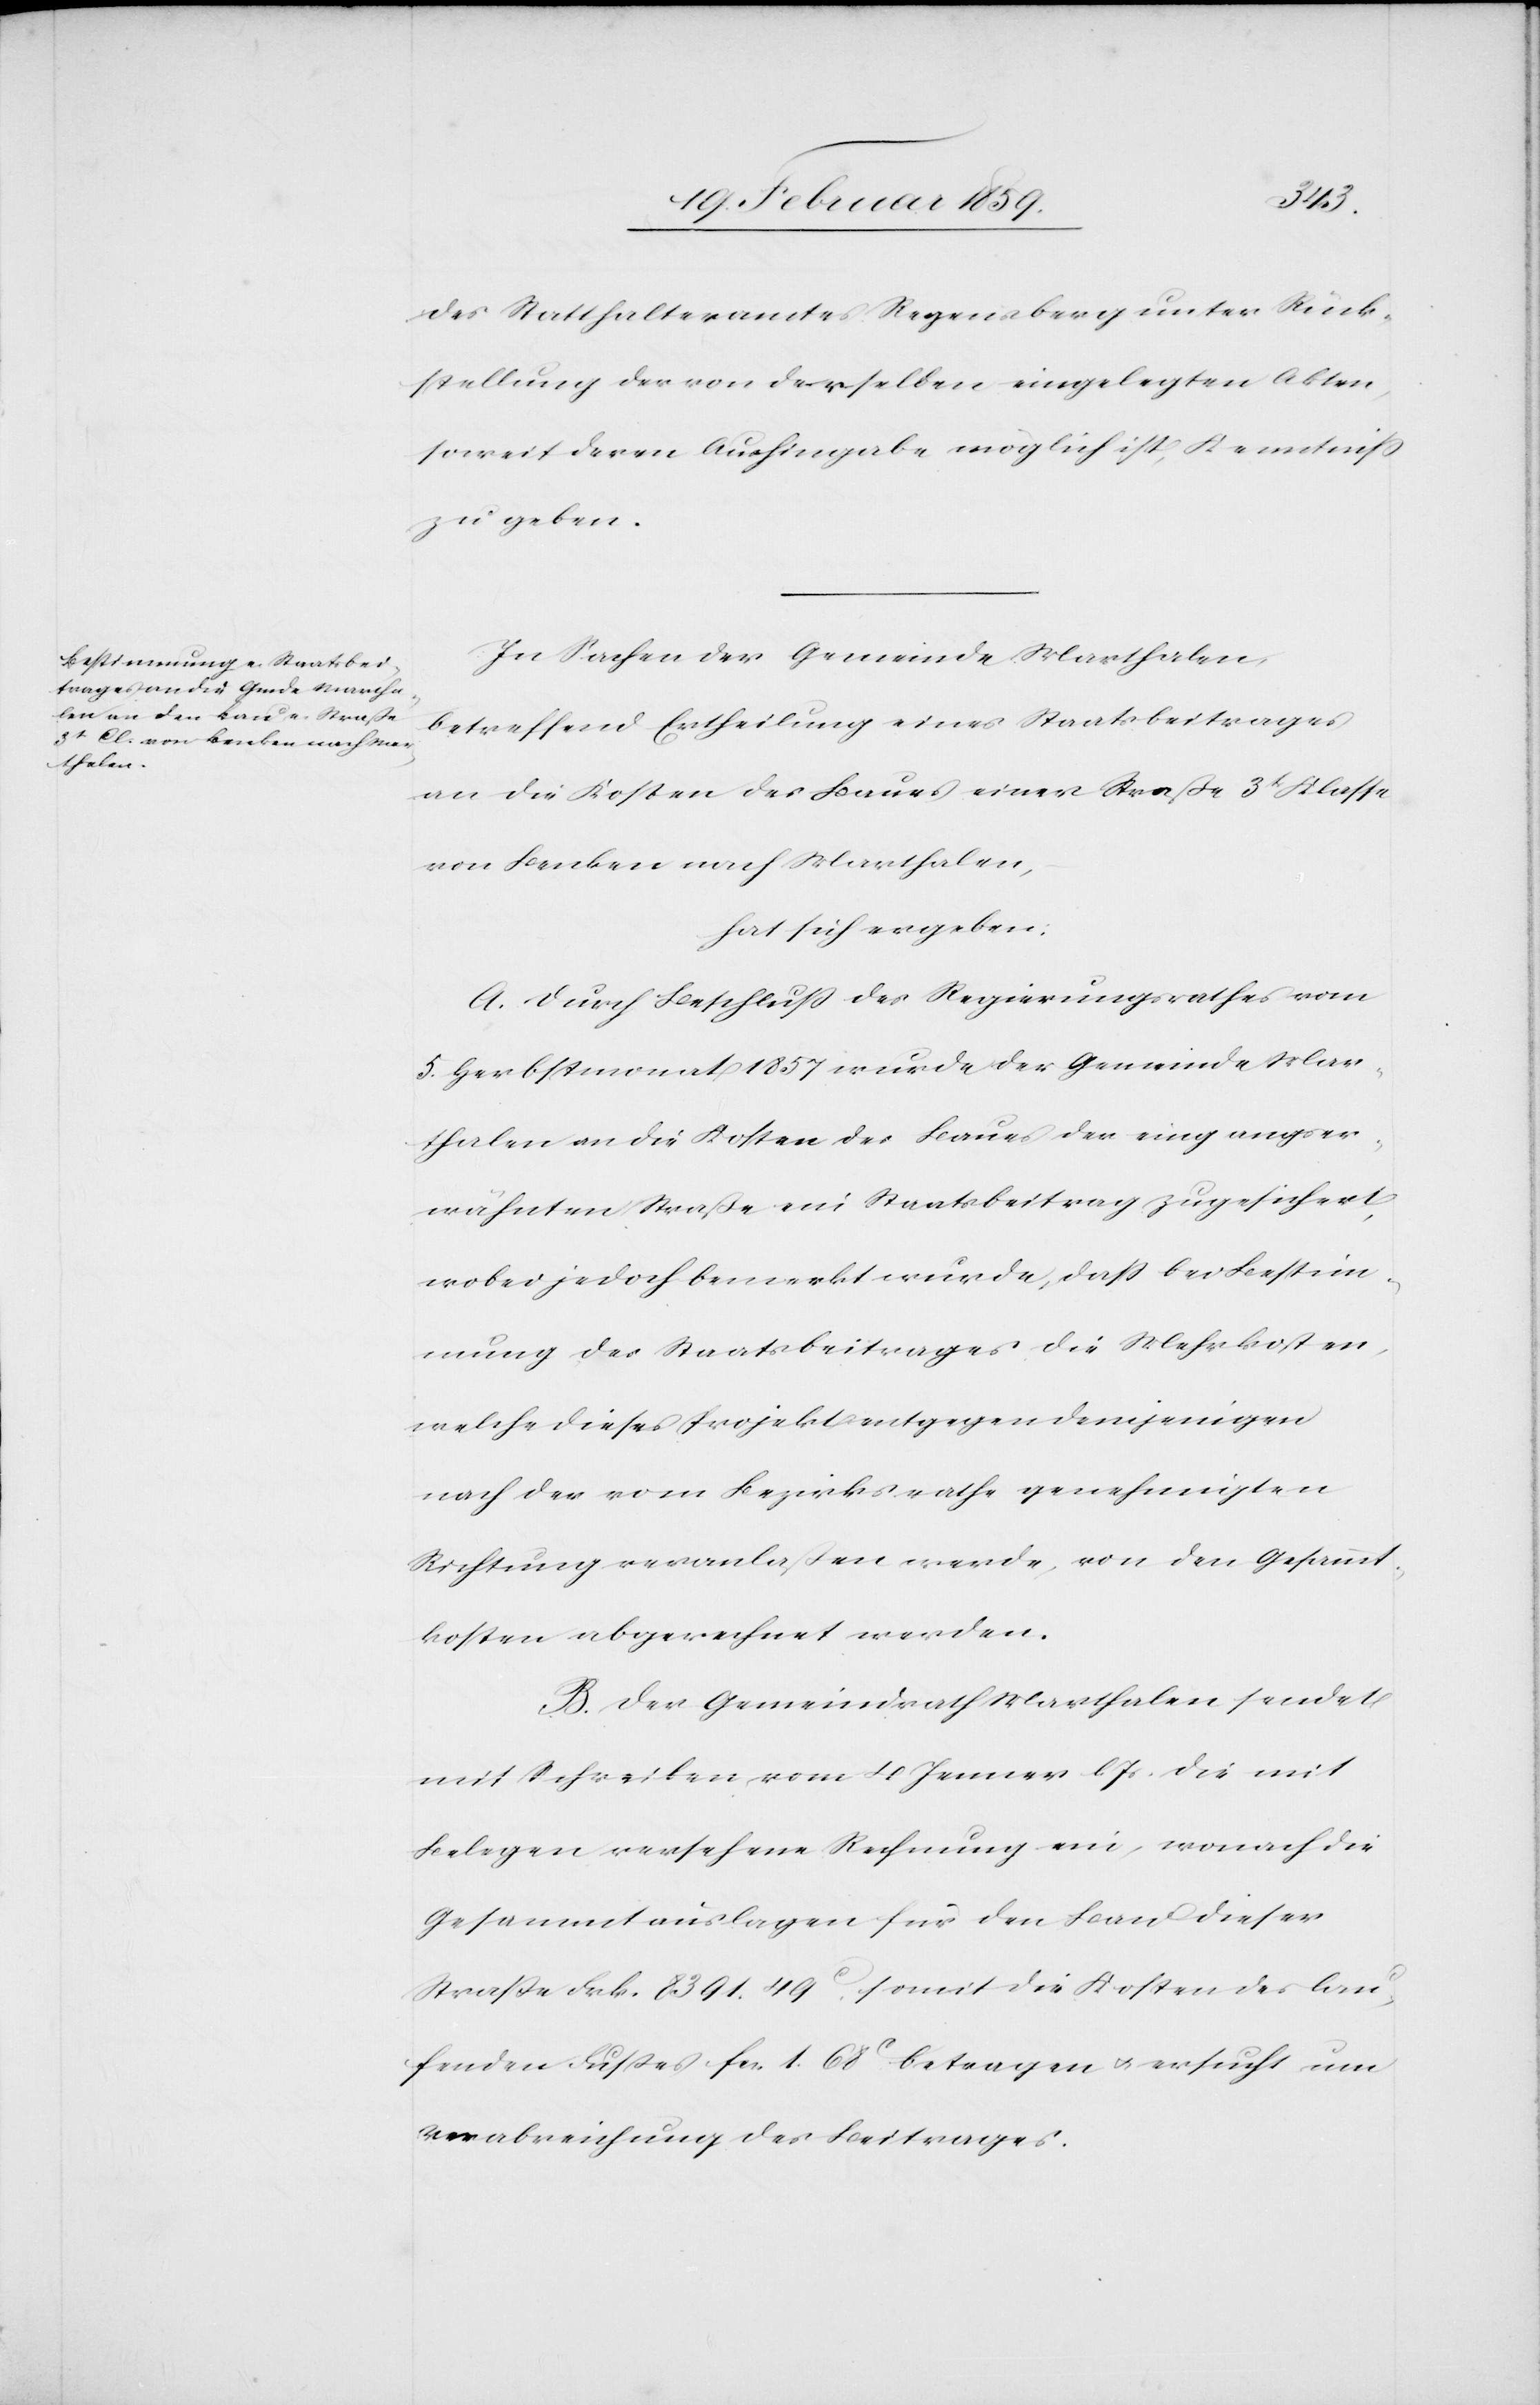
des Statthalteramtes Regensberg unter Rück¬
stellung der von derselben eingelegten Akten,
soweit deren Aushingabe möglich ist, Kenntniß
zu geben.
In Sachen der Gemeinde Marthalen,
betreffend Ertheilung eines Staatsbeitrages
an die Kosten des Baues einer Straße 3t. Klasse
von Benken nach Marthalen,
hat sich ergeben:
A. Durch Beschluß des Regierungsrathes vom
5. Herbstmonat 1857 wurde der Gemeinde Mar¬
thalen an die Kosten des Baues der eingangser¬
wähnten Straße ein Staatsbeitrag zugesichert,
wobei jedoch bemerkt wurde, daß bei Bestim¬
mung des Staatsbeitrages die Mehrkosten,
welche dieses Projekt entgegen demjenigen
nach der vom Bezirksrathe genehmigten
Richtung veranlaßen werde, von den Gesammt¬
kosten abgerechnet werden.
B. Der Gemeindrath Marthalen sendet
mit Schreiben vom 4 Januar l. Js. die mit
Belegen versehene Rechnung ein, wonach die
Gesammtauslagen für den Bau dieser
Straße Frk. 8391. 49 c, somit die Kosten des lau¬
fenden Fußes fcs. 1. 68 c. betragen u. ersucht um
Verabreichung des Beitrages.